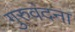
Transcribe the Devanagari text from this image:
गुरुवंदना